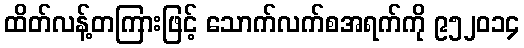
ထိတ်လန့်တကြားဖြင့် သောက်လက်စအရက်ကို ၉၅၂၀၁၄